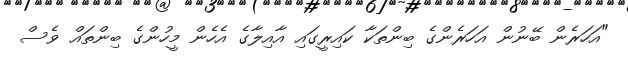
"އަހަރެން ބޭނުން އަހަރެންގެ ބިންތަކާ ކައިރީގައި އާއިލާގެ އެހެން މީހުންގެ ބިންތައް ވެސް